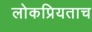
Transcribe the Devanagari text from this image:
लोकप्रियताच